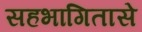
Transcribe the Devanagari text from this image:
सहभागितासे